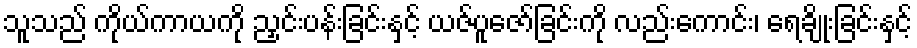
သူသည် ကိုယ်ကာယကို ညှင်းပန်းခြင်းနှင့် ယဇ်ပူဇော်ခြင်းကို လည်းကောင်း၊ ရေချိုးခြင်းနှင့်